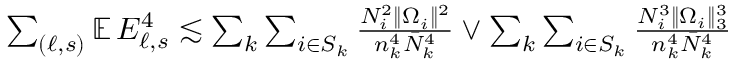
\begin{array} { r } { \sum _ { ( \ell , s ) } \mathbb { E } \, E _ { \ell , s } ^ { 4 } \lesssim \sum _ { k } \sum _ { i \in S _ { k } } \frac { N _ { i } ^ { 2 } \| \Omega _ { i } \| ^ { 2 } } { n _ { k } ^ { 4 } \bar { N } _ { k } ^ { 4 } } \vee \sum _ { k } \sum _ { i \in S _ { k } } \frac { N _ { i } ^ { 3 } \| \Omega _ { i } \| _ { 3 } ^ { 3 } } { n _ { k } ^ { 4 } \bar { N } _ { k } ^ { 4 } } } \end{array}